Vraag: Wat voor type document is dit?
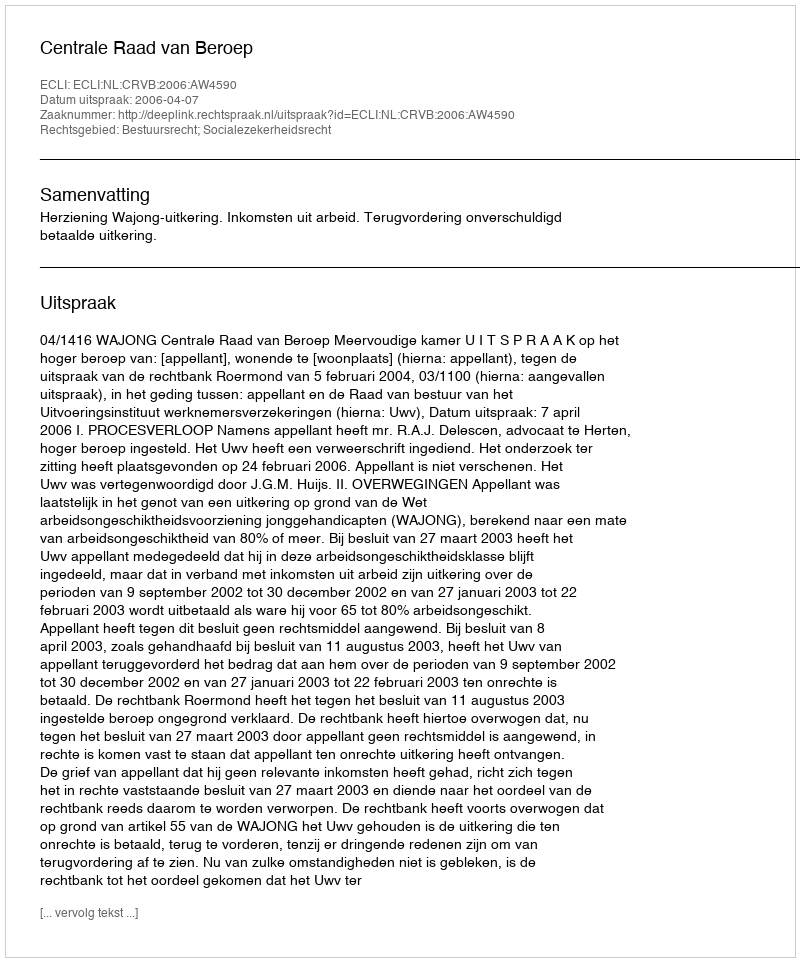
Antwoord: Uitspraak